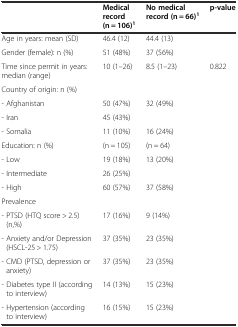
<table><thead><tr><td>[EMPTY_CELL]</td><td><b>Medical record (n = 106)<sup>1</sup></b></td><td><b>No medical record (n = 66)<sup>1</sup></b></td><td><b>p-value</b></td></tr></thead><tbody><tr><td>Age in years: mean (SD)</td><td>46.4 (12)</td><td>44.4 (13)</td><td>[EMPTY_CELL]</td></tr><tr><td>Gender (female): n (%)</td><td>51 (48%)</td><td>37 (56%)</td><td>[EMPTY_CELL]</td></tr><tr><td>Time since permit in years: median (range)</td><td>10 (1–26)</td><td>8.5 (1–23)</td><td>0.822</td></tr><tr><td>Country of origin: n (%)</td><td>[EMPTY_CELL]</td><td>[EMPTY_CELL]</td><td rowspan="3">[EMPTY_CELL]</td></tr><tr><td>- Afghanistan</td><td>50 (47%)</td><td>32 (49%)</td></tr><tr><td>- Iran</td><td>45 (43%)</td><td>[EMPTY_CELL]</td></tr><tr><td>- Somalia</td><td>11 (10%)</td><td>16 (24%)</td><td>[EMPTY_CELL]</td></tr><tr><td>Education: n (%)</td><td>(n = 105)</td><td>(n = 64)</td><td rowspan="3">[EMPTY_CELL]</td></tr><tr><td>- Low</td><td>19 (18%)</td><td>13 (20%)</td></tr><tr><td>- Intermediate</td><td>26 (25%)</td><td>[EMPTY_CELL]</td></tr><tr><td>- High</td><td>60 (57%)</td><td>37 (58%)</td><td>[EMPTY_CELL]</td></tr><tr><td>Prevalence</td><td>[EMPTY_CELL]</td><td>[EMPTY_CELL]</td><td>[EMPTY_CELL]</td></tr><tr><td>- PTSD (HTQ score &gt; 2.5) (n,%)</td><td>17 (16%)</td><td>9 (14%)</td><td>[EMPTY_CELL]</td></tr><tr><td>- Anxiety and/or Depression (HSCL-25 &gt; 1.75)</td><td>37 (35%)</td><td>23 (35%)</td><td>[EMPTY_CELL]</td></tr><tr><td>- CMD (PTSD, depression or anxiety)</td><td>37 (35%)</td><td>23 (35%)</td><td>[EMPTY_CELL]</td></tr><tr><td>- Diabetes type II (according to interview)</td><td>14 (13%)</td><td>15 (23%)</td><td>[EMPTY_CELL]</td></tr><tr><td>- Hypertension (according to interview)</td><td>16 (15%)</td><td>15 (23%)</td><td>[EMPTY_CELL]</td></tr></tbody></table>